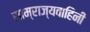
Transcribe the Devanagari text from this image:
साम्राज्यवाहिनी